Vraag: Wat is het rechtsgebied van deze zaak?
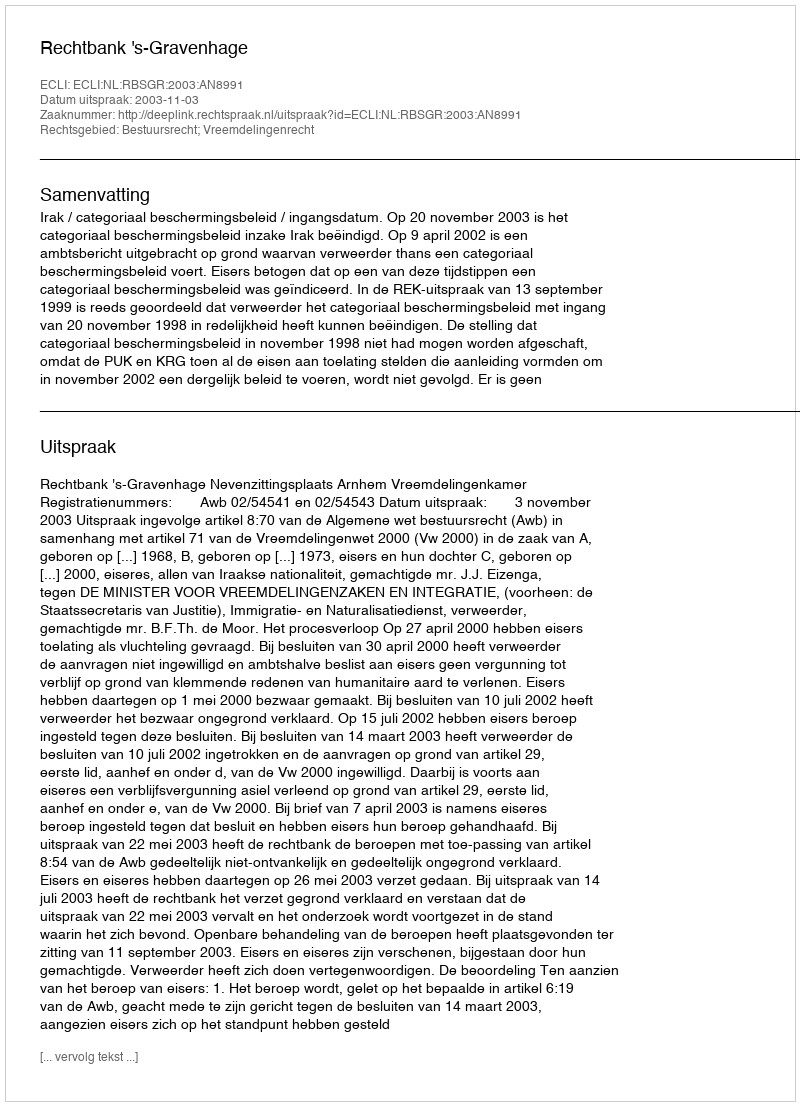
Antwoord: Bestuursrecht; Vreemdelingenrecht